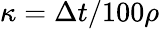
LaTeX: \kappa=\Delta t/100\rho